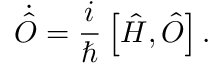
\dot { \hat { O } } = \frac { i } { \hbar } \left[ \hat { H } , \hat { O } \right] .